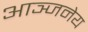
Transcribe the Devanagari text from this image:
आञ्जनेय